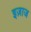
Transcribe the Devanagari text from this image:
इज़ाज